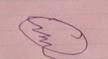
Signature authenticity: forged